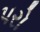
પરો